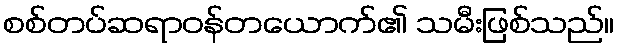
စစ်တပ်ဆရာဝန်တယောက်၏ သမီးဖြစ်သည်။